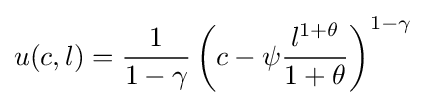
u(c,l)={\frac {1}{1-\gamma }}\left(c-\psi {\frac {l^{1+\theta }}{1+\theta }}\right)^{1-\gamma }